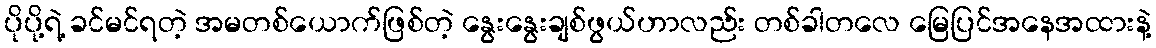
ပိုပို့ရဲ့ ခင်မင်ရတဲ့ အမတစ်ယောက်ဖြစ်တဲ့ နွေးနွေးချစ်ဖွယ်ဟာလည်း တစ်ခါတလေ မြေပြင်အနေအထားနဲ့